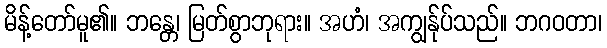
မိန့်တော်မူ၏။ ဘန္တေ၊ မြတ်စွာဘုရား။ အဟံ၊ အကျွန်ုပ်သည်။ ဘဂဝတာ၊